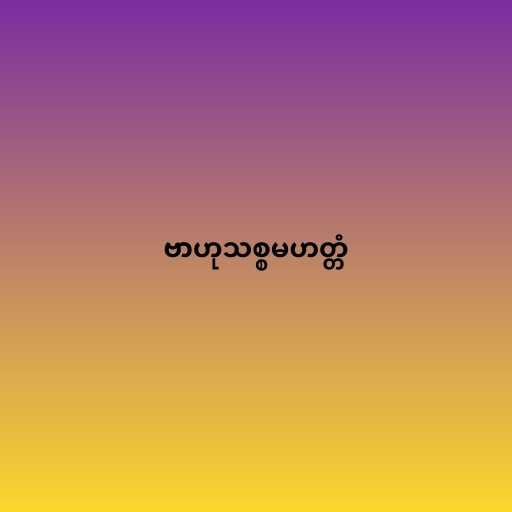
ဗာဟုသစ္စမဟတ္တံ